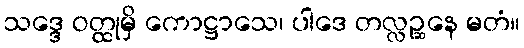
သဒ္ဒေ ဝတ္ထုမှိ ကောဋ္ဌာသေ၊ ပါဒေ တလ္လဉ္ဆနေ မတံ။